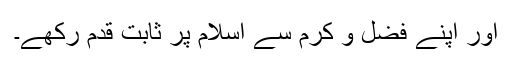
اور اپنے فضل و کرم سے اسلام پر ثابت قدم رکھے۔